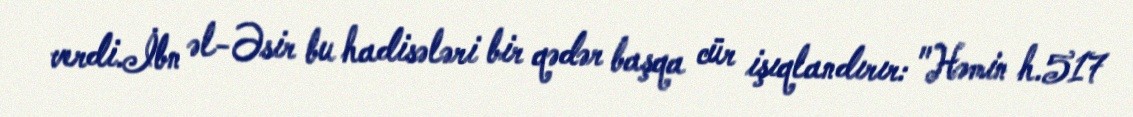
verdi.İbn əl-Əsir bu hadisələri bir qədər başqa cür işıqlandırır: "Həmin h.517